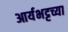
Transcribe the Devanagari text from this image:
आर्यभट्टच्या